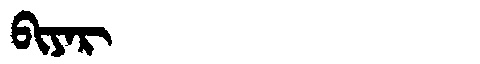
Manchu: ᠪᡳᠶᠠᡵ
Romanization: BIYAR